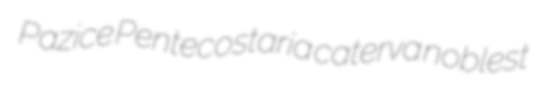
Pazice Pentecostaria caterva noblest